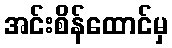
အင်းစိန်ထောင်မှ